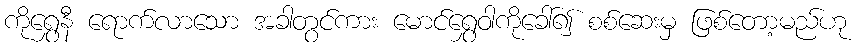
ကိုရွှေနီ ရောက်လာသော အခါတွင်ကား မောင်ရွှေဝါကိုခေါ်၍ စစ်ဆေးမှ ဖြစ်တော့မည်ဟု